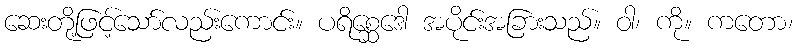
ဆေးတို့ဖြင့်သော်လည်းကောင်း။ ပရိစ္ဆေဒေါ အပိုင်းအခြားသည်။ ဝါ၊ ကို။ ကတော၊